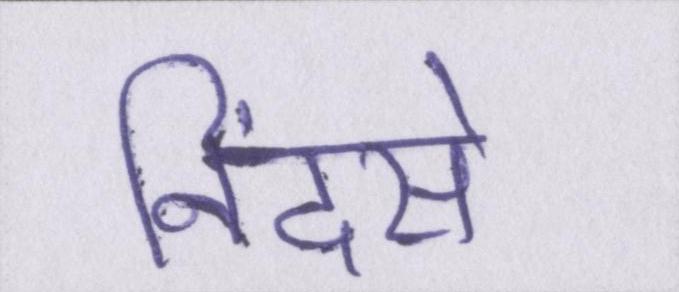
निंदसे